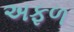
અફળ